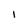
Character: I